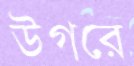
উগরে